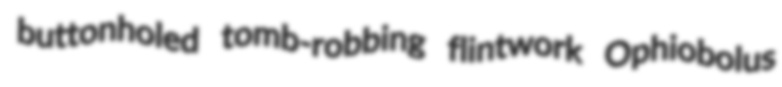
buttonholed tomb-robbing flintwork Ophiobolus